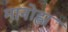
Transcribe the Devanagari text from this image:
मानोह्ला